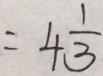
= 4 \frac { 1 } { 3 }